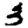
Digit: 3